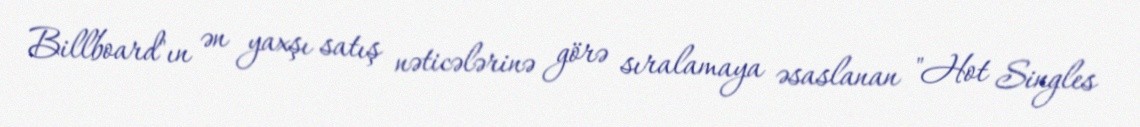
Billboard"ın ən yaxşı satış nəticələrinə görə sıralamaya əsaslanan "Hot Singles